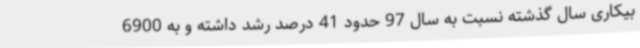
بیکاری سال گذشته نسبت به سال 97 حدود 41 درصد رشد داشته و به 6900